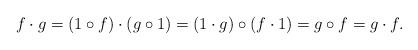
LaTeX: \begin{align*} f\cdot g = (1\circ f)\cdot (g\circ 1)=(1\cdot g)\circ (f\cdot 1) = g\circ f = g\cdot f.\end{align*}